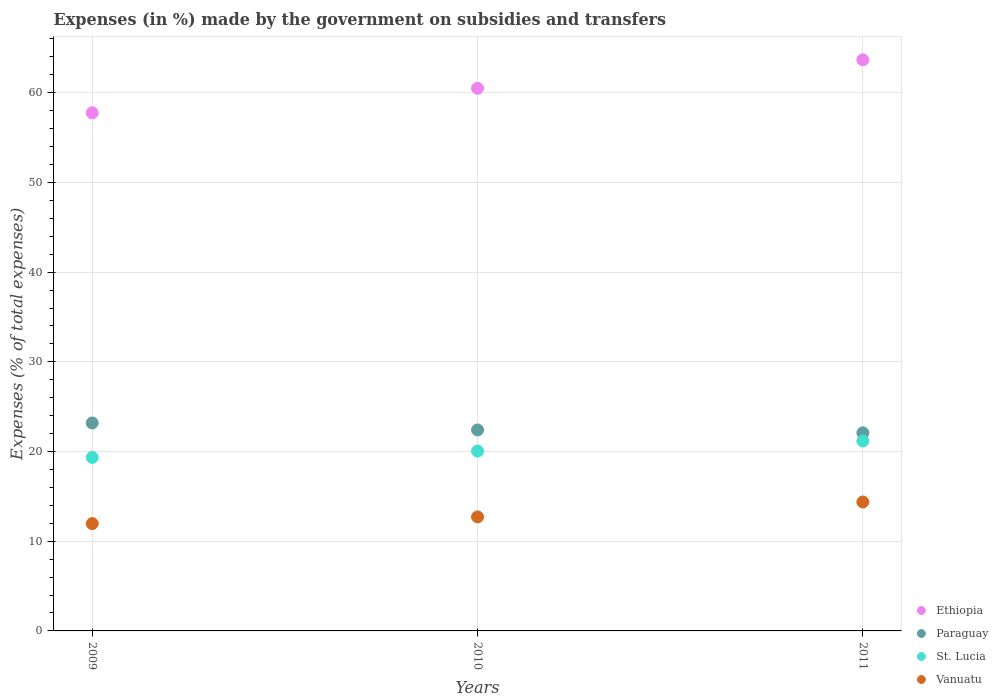
| Years | Ethiopia | Paraguay | St. Lucia | Vanuatu |
 | --- | --- | --- | --- | --- |
 | 2009 | 57.8 | 23.2 | 19.3 | 12 |
 | 2010 | 60.5 | 22.4 | 20 | 12.7 |
 | 2011 | 63.7 | 22.1 | 21.2 | 14.4 |